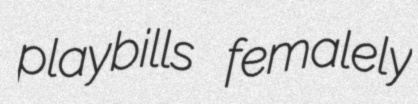
playbills femalely